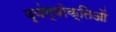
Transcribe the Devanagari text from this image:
व्यंग्योक्तिओं